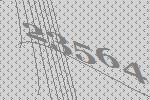
23564